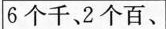
6个千、2个百、